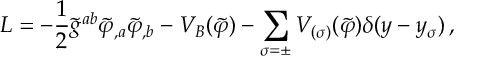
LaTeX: { \cal L } = - \frac { 1 } { 2 } \tilde { g } ^ { a b } \tilde { \varphi } _ { , a } \tilde { \varphi } _ { , b } - V _ { B } ( \tilde { \varphi } ) - \sum _ { \sigma = \pm } V _ { ( \sigma ) } ( \tilde { \varphi } ) \delta ( y - y _ { \sigma } ) \, ,